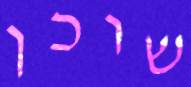
שוכן